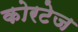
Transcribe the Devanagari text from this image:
कोरटेज